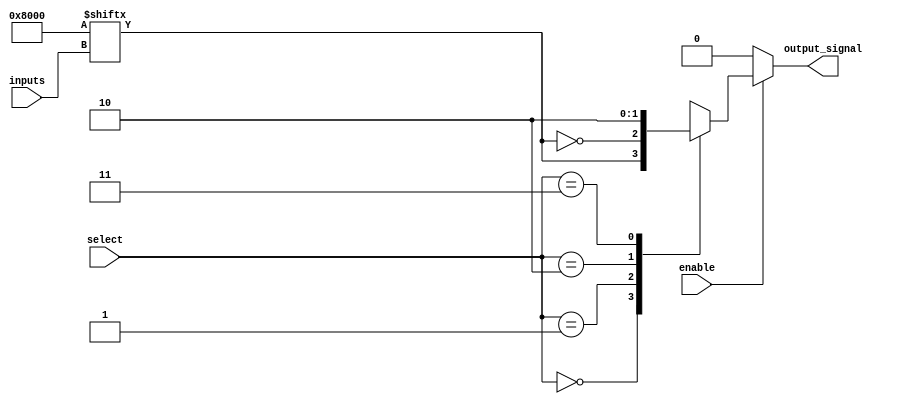
module CLB (
    input wire [3:0] inputs,          // 4 input signals
    input wire [1:0] select,          // Select signal for multiplexer
    input wire enable,                 // Enable signal
    output wire output_signal          // Output signal
);

// Look-Up Table (LUT) implementation
reg [15:0] lut;                       // 4-input LUT (2^4 = 16 entries)

// Initialize LUT with a specific function (example: AND function)
initial begin
    lut = 16'b0000000000000000; // Default: all outputs are 0
    lut[15] = 1; // Example: LUT for AND function (A & B & C & D)
end

// Logic cell output based on LUT and input signals
wire lut_output;
assign lut_output = lut[{inputs[3], inputs[2], inputs[1], inputs[0]}];

// Multiplexer to select output based on control signals
reg mux_output;
always @(*) begin
    if (enable) begin
        case (select)
            2'b00: mux_output = lut_output; // Output from LUT
            2'b01: mux_output = ~lut_output; // Inverted output from LUT
            2'b10: mux_output = 1'b1; // Constant high
            2'b11: mux_output = 1'b0; // Constant low
            default: mux_output = 1'b0; // Default case
        endcase
    end else begin
        mux_output = 1'b0; // If not enabled, output is low
    end
end

// Output driver
assign output_signal = mux_output;

endmodule